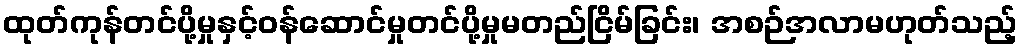
ထုတ်ကုန်တင်ပို့မှုနှင့်ဝန်ဆောင်မှုတင်ပို့မှုမတည်ငြိမ်ခြင်း၊ အစဉ်အလာမဟုတ်သည့်